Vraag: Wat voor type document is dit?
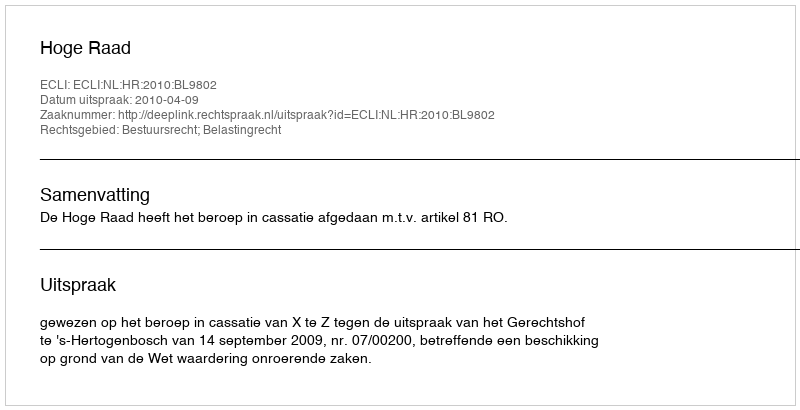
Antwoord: Uitspraak